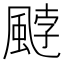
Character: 𩗓